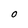
Character: O